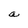
Character: a